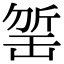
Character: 𣂬